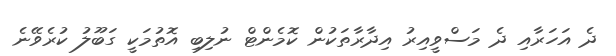
ދެ އަހަރާއި ދެ މަސްވީއިރު އިދާރާތަކުން ކޮމެންޓް ނުލިބި އޮތުމަކީ ގަބޫލު ކުރެވޭނެ